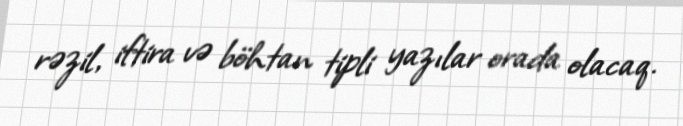
rəzil, iftira və böhtan tipli yazılar orada olacaq.